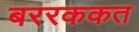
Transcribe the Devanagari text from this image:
बररककत